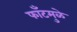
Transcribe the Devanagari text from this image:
फाँटमुळे